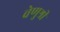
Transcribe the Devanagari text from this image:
वेणुश्री